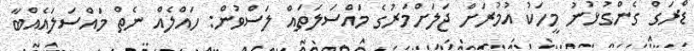
ޑްރަގް ގެންގުޅުނު މީހަކު އުމުރަށް ޖަލަށްމަރުގެ މައްސަލަތައް ލަސްވުން: ހައްލެއް ނެތް މައްސަލައެއްބާ